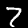
Digit: 7